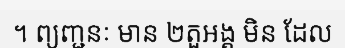
។ ព្យញ្ជនៈ មាន ២តួអង្គ មិន ដែល